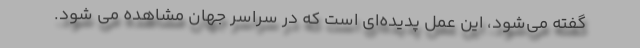
گفته می‌شود، این عمل پدیده‌ای است که در سراسر جهان مشاهده می شود.